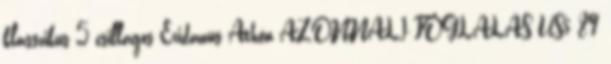
klasszikus 5 csillagos Eridanus Athén AZONNALI FOGLALÁS US$ 89